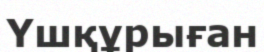
Үшқұрыған